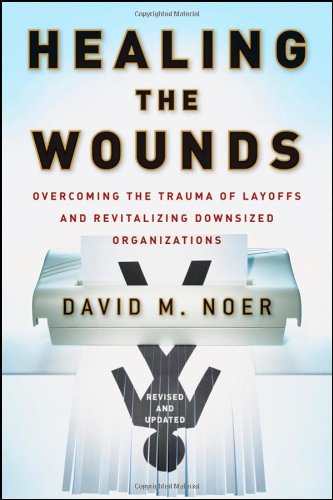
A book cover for Healing the Wounds: Overcoming the Trauma of Layoffs and Revitalizing Downsized Organizations; David M. Noer; Business & Money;